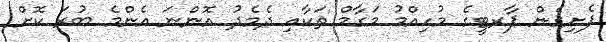
ފެށިގެން ޕާރޓީގެ މުހިއްމު މަގާމް ތަކާއި ދެމެދު އޮންނަ އެންމެ ބުރަ ކޮށް